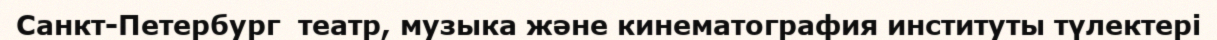
Санкт-Петербург  театр, музыка және кинематография институты түлектері